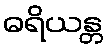
ဓရိယန္တ